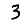
Digit: 3